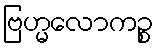
ဗြဟ္မလောကဉ္စ